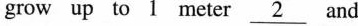
grow up to 1 meter \underline{2} and